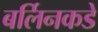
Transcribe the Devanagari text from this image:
बर्लिनकडे